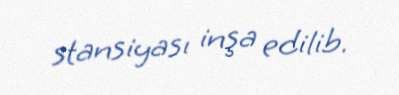
stansiyası inşa edilib.